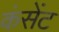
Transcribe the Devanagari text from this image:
कंसेंट